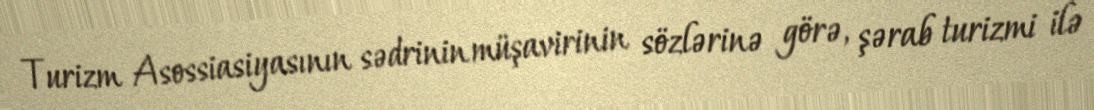
Turizm Asossiasiyasının sədrinin müşavirinin sözlərinə görə, şərab turizmi ilə